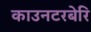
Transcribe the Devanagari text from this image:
काउनटरबेरि